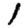
Digit: 1